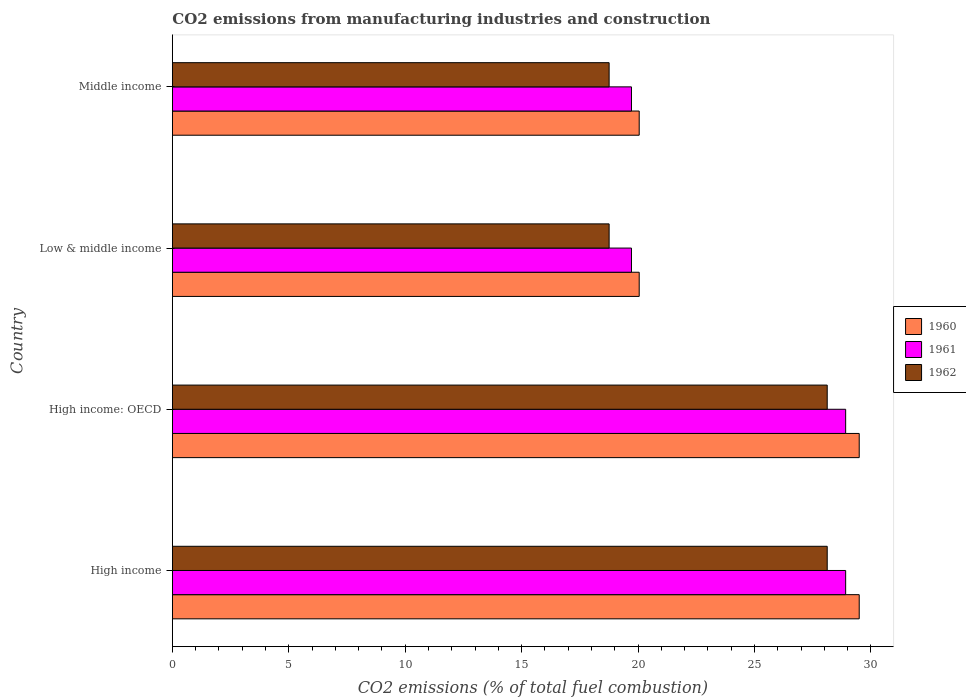
| Country | 1960 | 1961 | 1962 |
 | --- | --- | --- | --- |
 | High income | 29.5 | 28.9 | 28.1 |
 | High income: OECD | 29.5 | 28.9 | 28.1 |
 | Low & middle income | 20 | 19.7 | 18.8 |
 | Middle income | 20 | 19.7 | 18.8 |